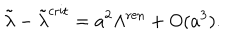
\tilde { \lambda } - \tilde { \lambda } ^ { \mathrm { c r i t } } = a ^ { 2 } \Lambda ^ { \mathrm { r e n } } + O ( a ^ { 3 } ) .